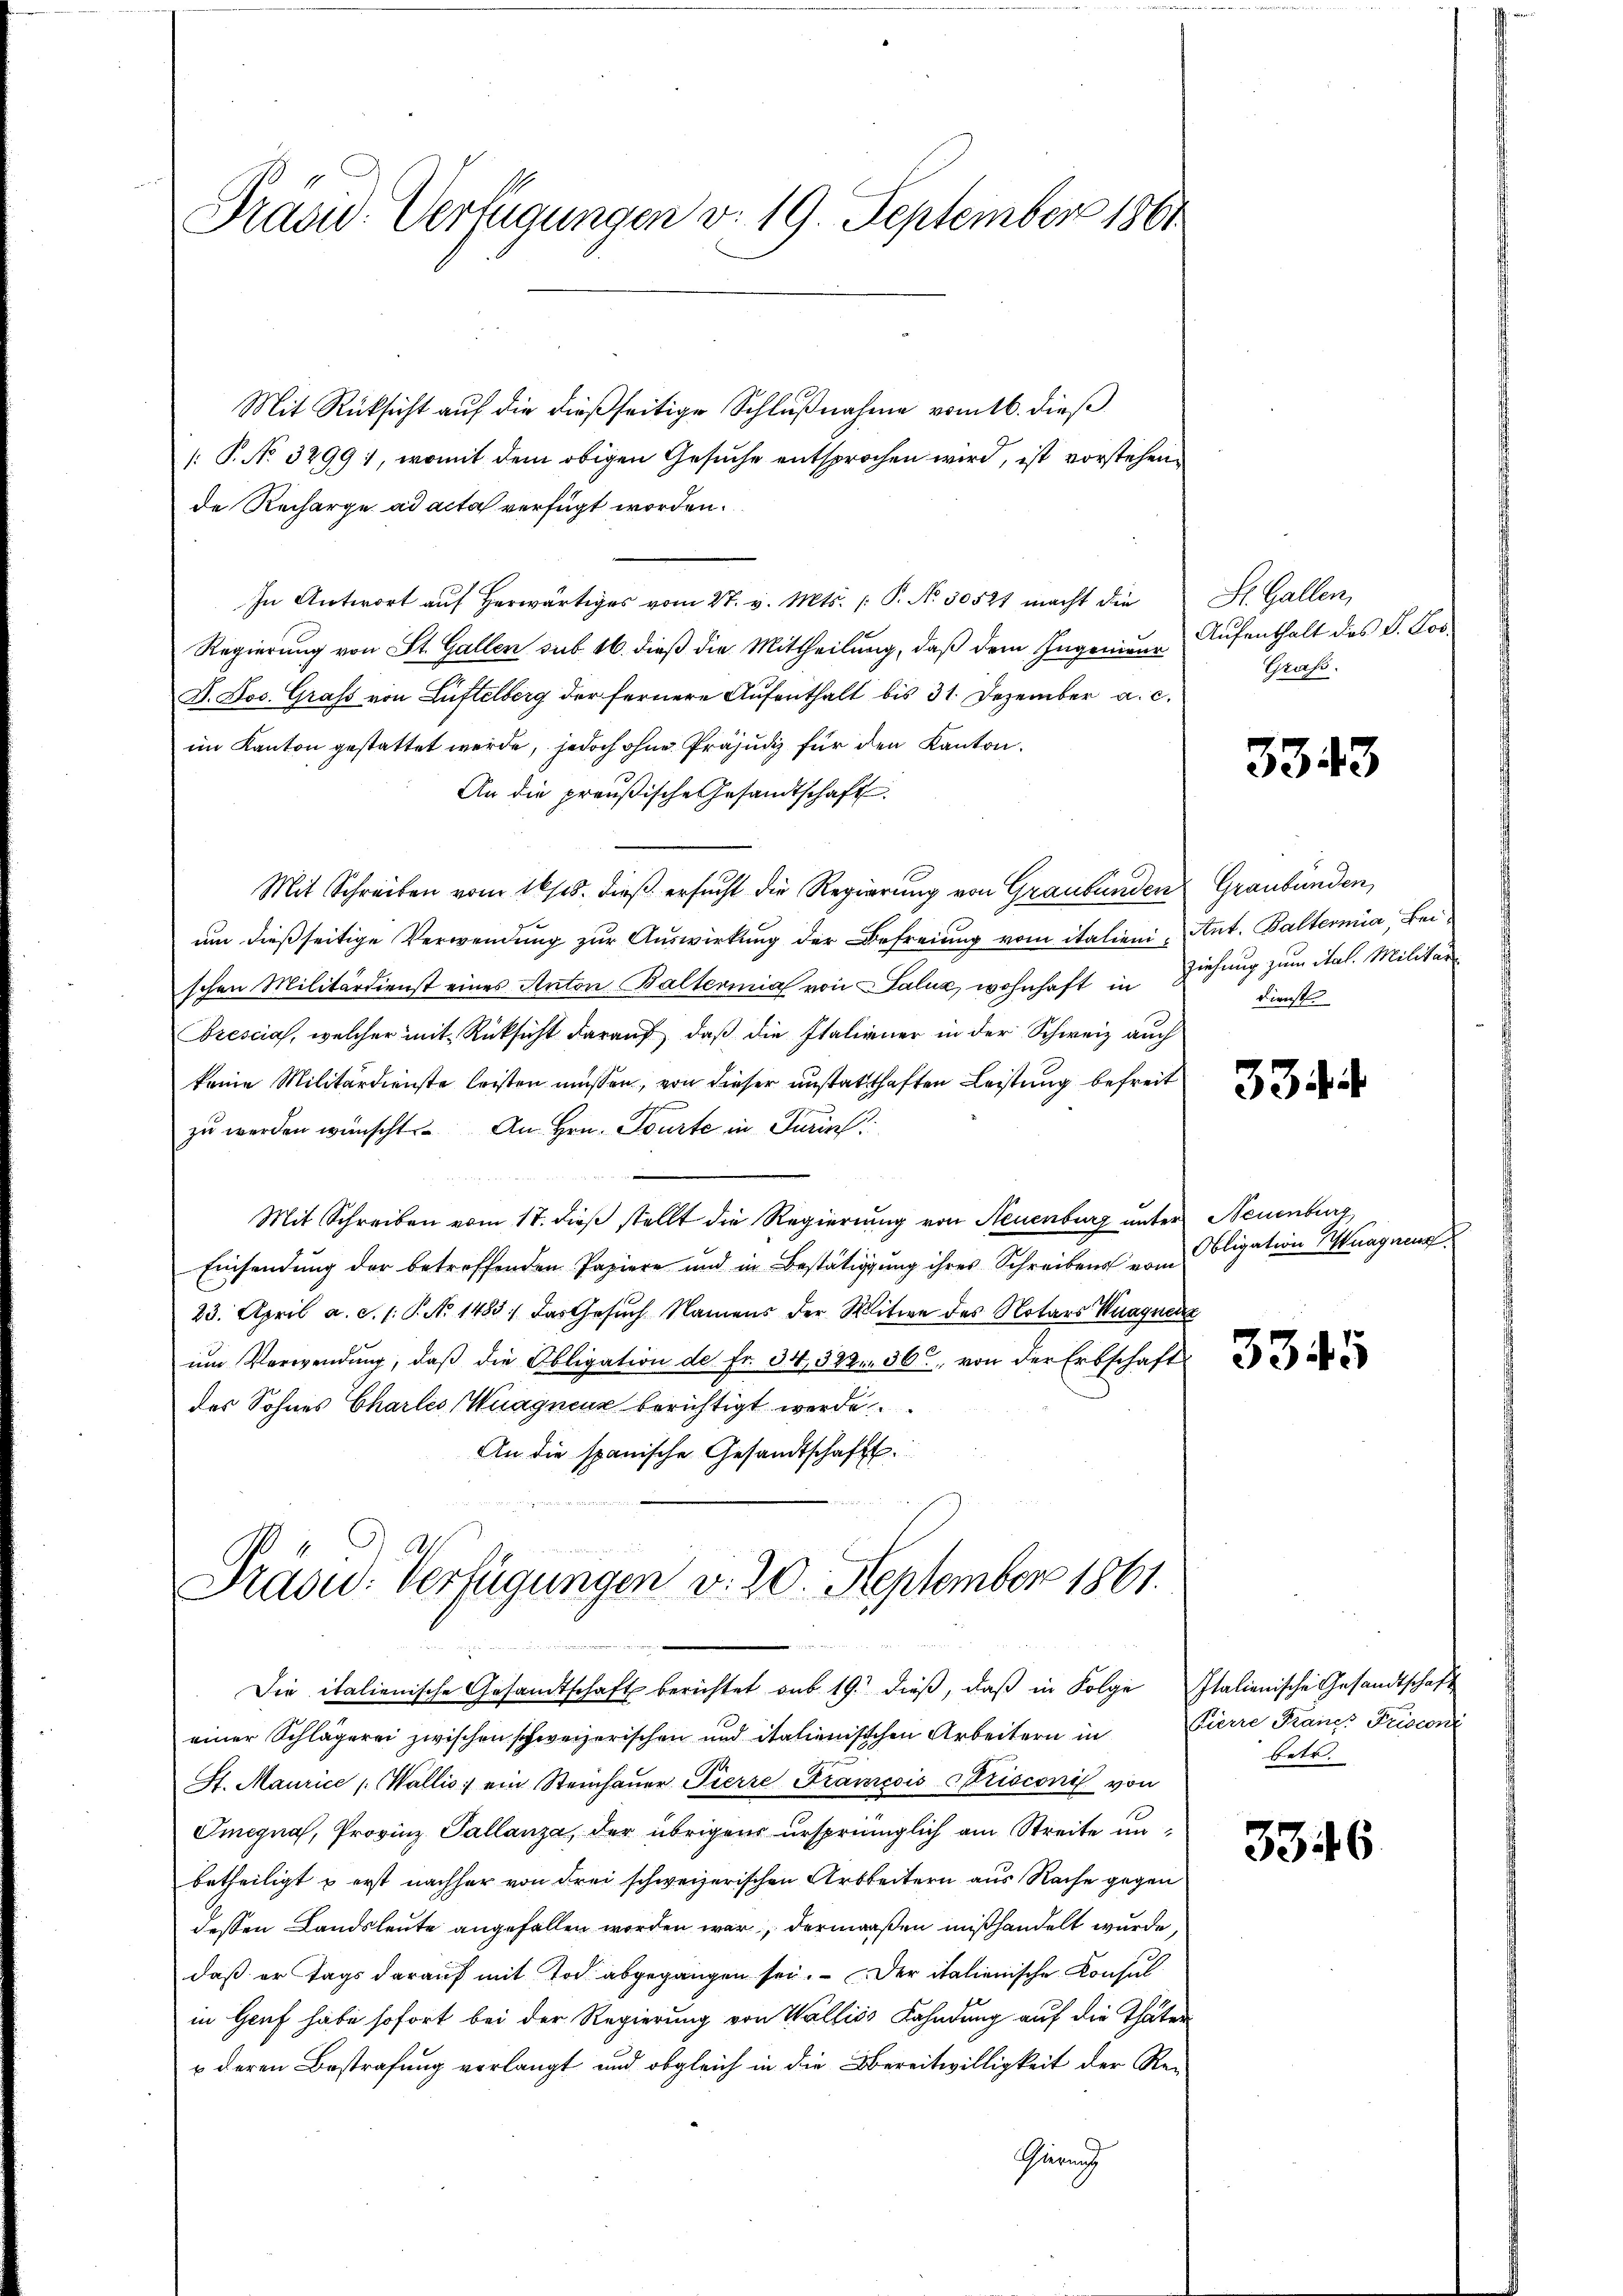
Präsid.- Verfügungen v. 19. September 1861

Mit Rücksicht auf die dießseitige Schlußnahme vom 16. dieß
[P. No. 3299), womit dem obigen Gesuche entsprochen wird, ist vorstehen
de Recharge ad acta verfügt worden.
In Antwort auf herwärtiges vom 27. v. Mts. /: P. No. 30521 macht die
Regierung von St. Gallen sub. 16. dieß die Mittheilung, daß dem Ingenieur
F. Jos. Grafs von Luftelberg der fernere Aufenthalt bis 31. Dezember a. c.
im Kanton gestattet werde, jedoch ohne Präjudiz für den Kanton.
An die preußische Gesandtschaft
Mit Schreiben vom 16/25. dieß ersucht die Regierung von Graubünden Graubünden,
um dießseitige Verwendung zur Auswirkung der Befreiung vom italien- Ant. Balternia, Beischen Militärdienst eines Anton Balternial von Salua, wohnhaft in Ziehung zum ital. Militär¬
Drescias, welcher mit Rücksicht darauf, daß die Italiener in der Schweiz auch
keine Militärdienste leisten müssen, von dieser unstatthaften Leistung befreit
zu werden wünscht. An Hrn. Tourte in Turin
Mit Schreiben vom 17. dieβ stellt die Regierung von Neuenburg unter Neuenburg,
Einsendung der betreffenden Papiere und in Bestätigung ihres Schreibens vom
23. April a. c. 1: P. No 1483, das Gesuch Namens der Witwe des Notars Wagner
um Verwendung, daß die Obligation der Fr. 34, 322. 36, von der Erbschaft
des Sohnes Charles Wuagneur berichtigt werde
An die spanische Gesandtschaft.

Präsid. Verfügungen v. 20. September 1861.

Die italienische Gesandtschaft berichtet sub 19. dieβ, daβ in Folge Italienische Gesandtschaft
einer Schlägerei zwischen schweizerischen und italienischen Arbeitern in
St. Maurice " Wallis, ein Steinhaŭer Pierre Francois Crisconi von
Omegna, Provinz Pallanza, der übrigens ursprünglich am Streite unbetheiligt & erst nachher von Frei schweizerischen Arbeitern aus Rache gegen
dessen Landsleute angefallen worden war, dermaaßen mißhandelt wurde,
daß er tags darauf mit Tod abgegangen sei. Der italienische Consulin Genf habe sofort bei der Regierung von Walliés Fahndung auf die Thäter
u deren Bestrafung verlangt und obgleich in die Bereitwilligkeit der Re¬
Gärung

St. Gallen,
Aufenthalt des P. Los¬
Grass

3343

Dienst.

334

Obligation Wagnent

3345

Pierre Francs Frisconi
betr.

3346